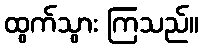
ထွက်သွား ကြသည်။